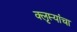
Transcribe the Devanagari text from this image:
क्लृप्त्यांचा